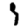
Digit: 1